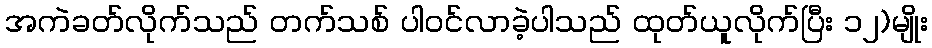
အကဲခတ်လိုက်သည် တက်သစ် ပါဝင်လာခဲ့ပါသည် ထုတ်ယူလိုက်ပြီး ၁၂)မျိုး